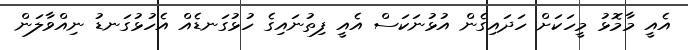
އެއީ މާމޮޅު މީހަކަށް ހަދައިގެން އުޅުނަކަސް އެއީ ފިތުނައިގެ ހުޅުގަނޑެއް އެހުޅުގަނޑު ނިއްވާލަން